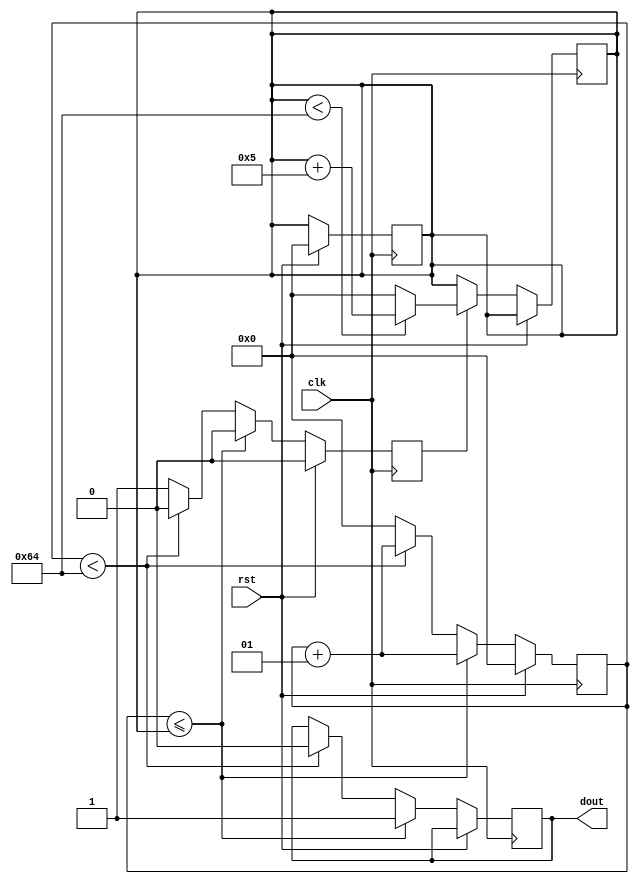
`timescale 1ns / 1ps
//////////////////////////////////////////////////////////////////////////////////
// Company: 
// Engineer: 
// 
// Design Name: 
// Module Name: pwm
// Project Name: 
// Target Devices: 
// Tool Versions: 
// Description: 
// 
// Dependencies: 
// 
// Revision:
// Revision 0.01 - File Created
// Additional Comments:
// 
//////////////////////////////////////////////////////////////////////////////////

module pwm(
input clk, rst, 
output reg dout
);
 
parameter period = 100;
integer count = 0;
integer ton   = 0;
reg ncyc      = 1'b0;
 
always@(posedge clk)
begin
     if(rst == 1'b1)
        begin
         count <= 0;
         ton   <= 0;
         ncyc  <= 1'b0;
        end   
     else 
       begin
            if(count <= ton) 
              begin
              count <= count + 1;
              dout  <= 1'b1;
              ncyc  <= 1'b0;
              end
            else if (count < period)
              begin
              count <= count + 1;
              dout <= 1'b0;
              ncyc <= 1'b0;
              end
            else
               begin
               ncyc  <= 1'b1;
               count <= 0;
               end
       end
end
 
 
always@(posedge clk)
begin
     if(rst == 1'b0) 
     begin 
             if(ncyc == 1'b1)
                begin
                    if(ton < period)
                       ton <= ton + 5;
                     else
                       ton <= 0;
                end
     end   
end
 
 
 
 
endmodule